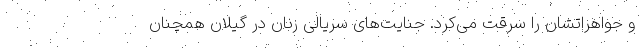
و جواهراتشان را سرقت می‌کرد. جنایت‌های سریالی زنان در گیلان همچنان